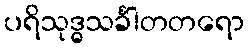
ပရိသုဒ္ဓသင်္ခါတတရော